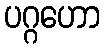
ပဂ္ဂဟော